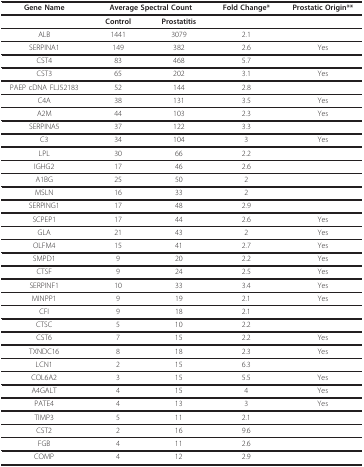
| Gene Name | <COLSPAN=2> Average Spectral Count | Fold Change* | Prostatic Origin** |
 | --- | --- | --- | --- | --- |
 |  | Control | Prostatitis |  |  |
 | ALB | 1441 | 3079 | 2.1 |  |
 | SERPINA1 | 149 | 382 | 2.6 | Yes |
 | CST4 | 83 | 468 | 5.7 |  |
 | CST3 | 65 | 202 | 3.1 | Yes |
 | PAEP cDNA FLJ52183 | 52 | 144 | 2.8 |  |
 | C4A | 38 | 131 | 3.5 | Yes |
 | A2M | 44 | 103 | 2.3 | Yes |
 | SERPINA5 | 37 | 122 | 3.3 |  |
 | C3 | 34 | 104 | 3 | Yes |
 | LPL | 30 | 66 | 2.2 |  |
 | IGHG2 | 17 | 46 | 2.6 |  |
 | A1BG | 25 | 50 | 2 |  |
 | MSLN | 16 | 33 | 2 |  |
 | SERPING1 | 17 | 48 | 2.9 |  |
 | SCPEP1 | 17 | 44 | 2.6 | Yes |
 | GLA | 21 | 43 | 2 | Yes |
 | OLFM4 | 15 | 41 | 2.7 | Yes |
 | SMPD1 | 9 | 20 | 2.2 | Yes |
 | CTSF | 9 | 24 | 2.5 | Yes |
 | SERPINF1 | 10 | 33 | 3.4 | Yes |
 | MINPP1 | 9 | 19 | 2.1 | Yes |
 | CFI | 9 | 18 | 2.1 |  |
 | CTSC | 5 | 10 | 2.2 |  |
 | CST6 | 7 | 15 | 2.2 | Yes |
 | TXNDC16 | 8 | 18 | 2.3 | Yes |
 | LCN1 | 2 | 15 | 6.3 |  |
 | COL6A2 | 3 | 15 | 5.5 | Yes |
 | A4GALT | 4 | 15 | 4 | Yes |
 | PATE4 | 4 | 13 | 3 | Yes |
 | TIMP3 | 5 | 11 | 2.1 |  |
 | CST2 | 2 | 16 | 9.6 |  |
 | FGB | 4 | 11 | 2.6 |  |
 | COMP | 4 | 12 | 2.9 |  |